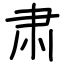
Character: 肃